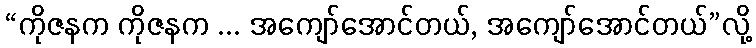
“ကိုဇနက ကိုဇနက ... အကျော်အောင်တယ်, အကျော်အောင်တယ်”လို့